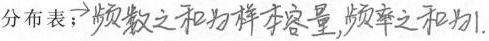
分布表；##\rightarrow 频数之和为样本容量，频率之和为1.##